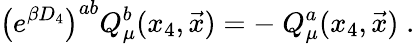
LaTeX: \left(e^{\beta D_{4}}\right)^{ab}Q_{\mu}^{b}(x_{4},{\vec{x}})=-\ Q_{\mu}^{a}(x_{4},{\vec{x}})\; .